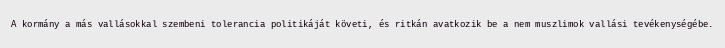
A kormány a más vallásokkal szembeni tolerancia politikáját követi, és ritkán avatkozik be a nem muszlimok vallási tevékenységébe.